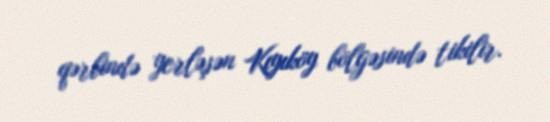
qərbində yerləşən Kıyıköy bölgəsində tikilir.